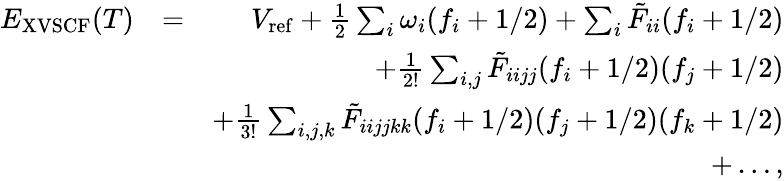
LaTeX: \begin{array}{rlr}{E_{\mathrm{XVSCF}}(T)}&{=}&{V_{\mathrm{ref}}+\frac{1}{2}\sum_{i}\omega_{i}(f_{i}+1/2)+\sum_{i}\tilde{F}_{ii}(f_{i}+1/2)}\\ &{}&{+\frac{1}{2!}\sum_{i,j}\tilde{F}_{iijj}(f_{i}+1/2)(f_{j}+1/2)}\\ &{}&{+\frac{1}{3!}\sum_{i,j,k}\tilde{F}_{iijjkk}(f_{i}+1/2)(f_{j}+1/2)(f_{k}+1/2)}\\ &{}&{+\dots,}\end{array}